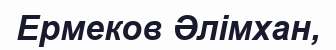
Ермеков Әлімхан,